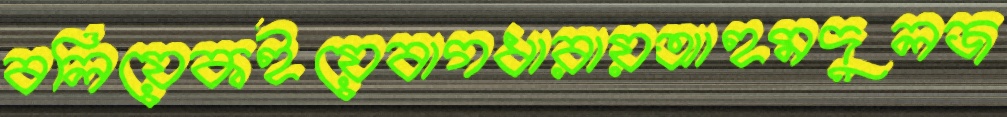
বলিয়েকইয়েবাগধারায়আহমদুলজ